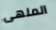
الملهى